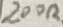
Text: 200Ω